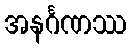
အနင်္ဂဏဿ